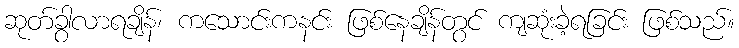
ဆုတ်ခွာလာရချိန်၊ ကသောင်းကနင်း ဖြစ်နေချိန်တွင် ကျဆုံးခဲ့ရခြင်း ဖြစ်သည်။